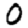
Digit: 0